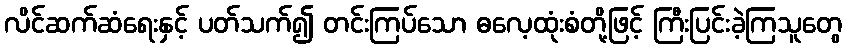
လိင်ဆက်ဆံရေးနှင့် ပတ်သက်၍ တင်းကြပ်သော ဓလေ့ထုံးစံတို့ဖြင့် ကြီးပြင်းခဲ့ကြသူတွေ